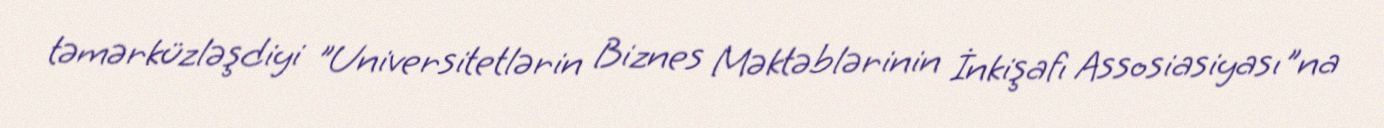
təmərküzləşdiyi "Universitetlərin Biznes Məktəblərinin İnkişafı Assosiasiyası"na